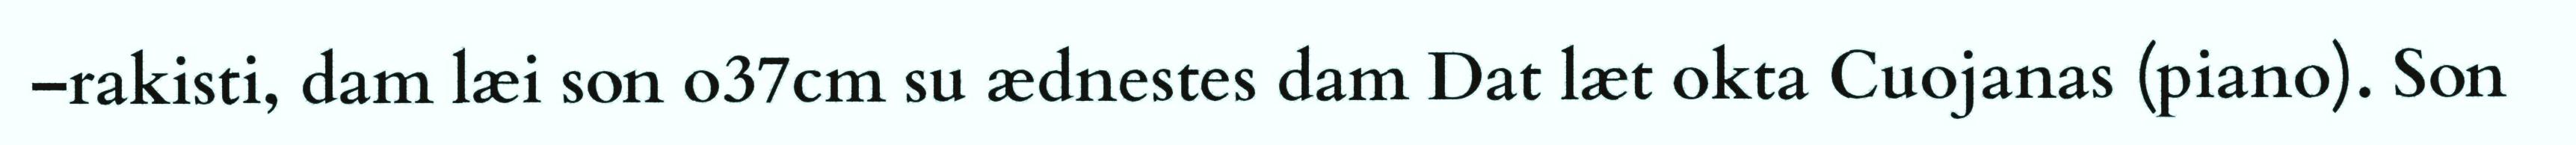
–rakisti, dam læi son o37cm su ædnestes dam Dat læt okta Cuojanas (piano). Son